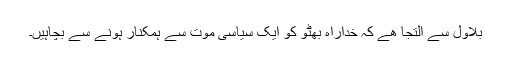
بلاول سے التجا ھے کہ خداراہ بھٹو کو ایک سیاسی موت سے ہمکنار ہونے سے بچاہیں۔